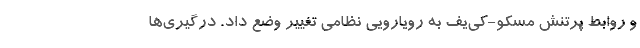
و روابط پرتنش مسکو-‌کی‌یف به رویارویی نظامی تغییر وضع‌ داد. درگیری‌ها